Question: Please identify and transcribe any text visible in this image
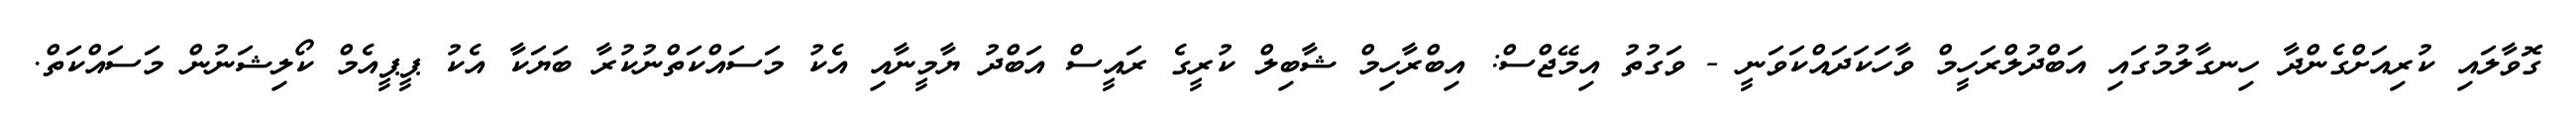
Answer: ގޮވާލައި ކުރިއަށްގެންދާ ހިނގާލުމުގައި އަބްދުލްރަހީމް ވާހަކަދައްކަވަނީ - ވަގުތު އިމޭޖްސް: އިބްރާހިމް ޝާބިލް ކުރީގެ ރައީސް އަބްދު ޔާމީނާއި އެކު މަސައްކަތްނުކުރާ ބަޔަކާ އެކު ޕީޕީއެމް ކޯލިޝަނުން މަސައްކަތް.